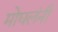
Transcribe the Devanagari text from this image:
मोघलंनी